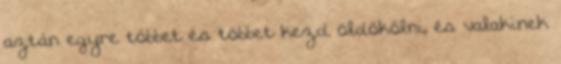
aztán egyre többet és többet kezd öldökölni, és valakinek